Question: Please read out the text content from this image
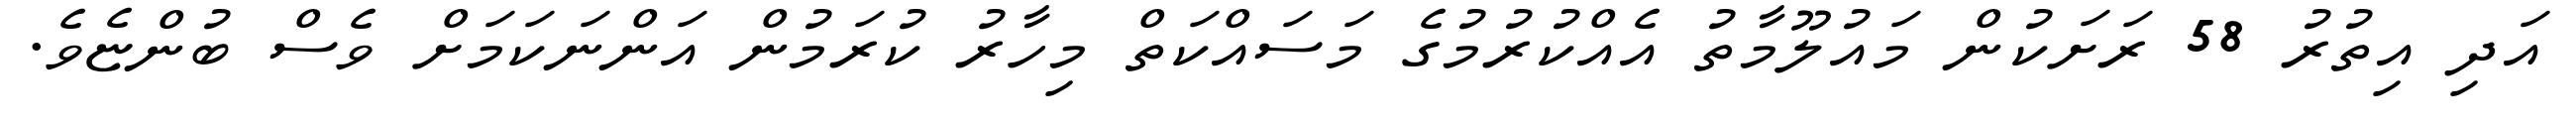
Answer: އަދި އިތުރު 58 ރަށަކުން މައުލޫމާތު އެއްކުރުމުގެ މަސައްކަތް މިހާރު ކުރަމުން އަންނަކަމަށް ވެސް ބުންޏެވެ.